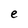
Character: e